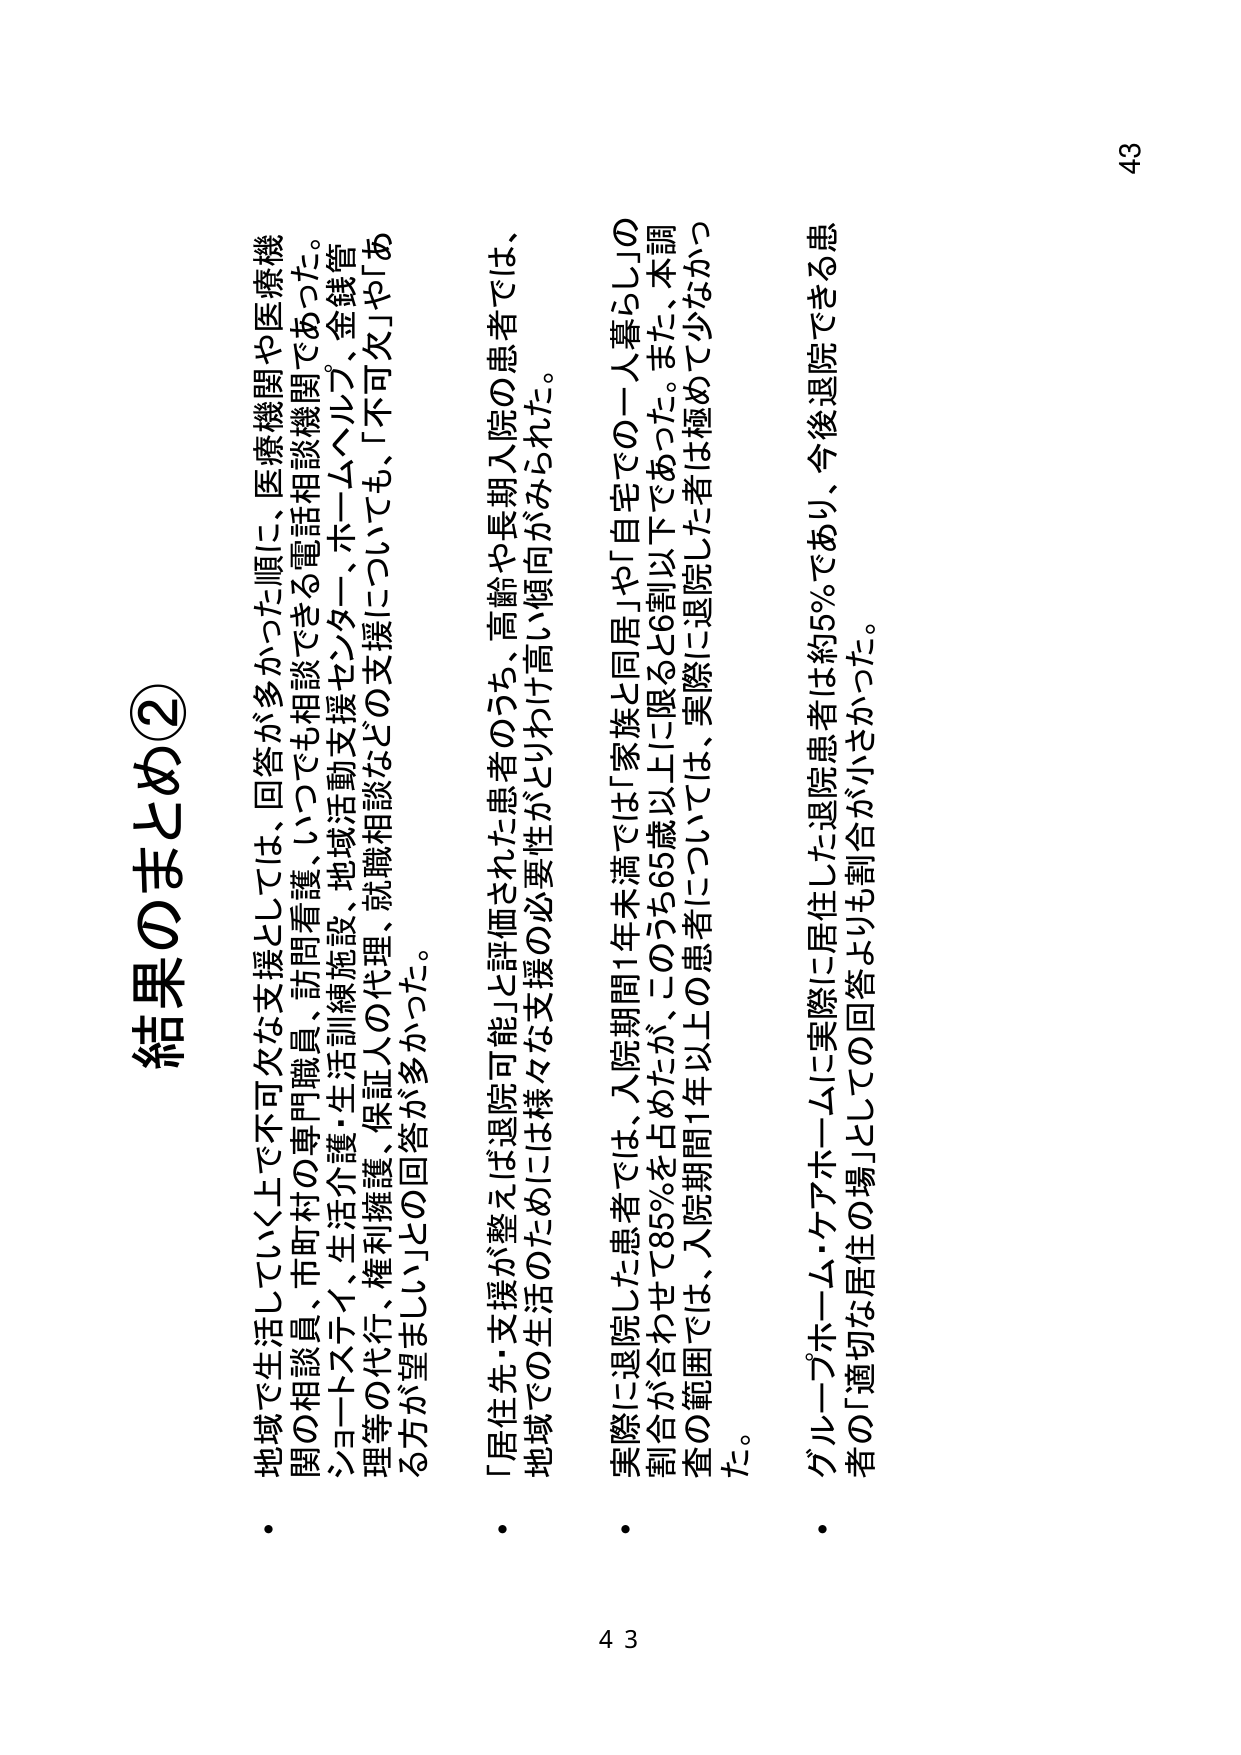
結果のまとめ②

・地域で生活していく上で不可欠な支援としては、回答が多かった順に、医療機関や医療機関の相談員、市町村の専門職員、訪問看護、いつでも相談できる電話相談機関であった。ショートステイ、生活介護・生活訓練施設、地域活動支援センター、ホームヘルプ、金銭管理等の代行、権利擁護、保証人の代理、就職相談などの支援についても、「不可欠」や「ある程度望ましい」との回答が多かった。

・「居住先・支援が整えば退院可能」と評価された患者のうち、高齢や長期入院の患者では、地域での生活のためには様々な支援の必要性がとりわけ高い傾向がみられた。

・実際に退院した患者では、入院期間1年未満では「家族と同居」や「自宅での一人暮らし」の割合が合わせて85％を占めたが、このうち65歳以上に限ると6割以下であった。また、本調査の範囲では、入院期間1年以上の患者については、実際に退院した者は極めて少なかった。

・グループホーム・ケアホームに実際に居住した退院患者は約5％であり、今後退院できる患者の「適切な居住の場」としての回答よりも割合が小さかった。

43
43